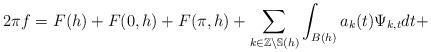
LaTeX: \begin{align*}2\pi f=F(h)+F(0,h)+F(\pi,h)+\sum_{k\in\mathbb{Z}\backslash\mathbb{S}(h)}\int_{B(h)}a_{k}(t)\Psi_{k,t}dt+\end{align*}